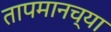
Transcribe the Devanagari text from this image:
तापमानच्या